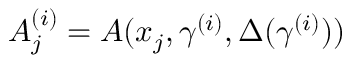
A _ { j } ^ { ( i ) } = A ( x _ { j } , \gamma ^ { ( i ) } , \Delta ( \gamma ^ { ( i ) } ) )